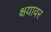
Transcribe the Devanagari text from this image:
क्षयावर